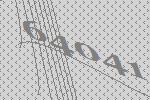
64041